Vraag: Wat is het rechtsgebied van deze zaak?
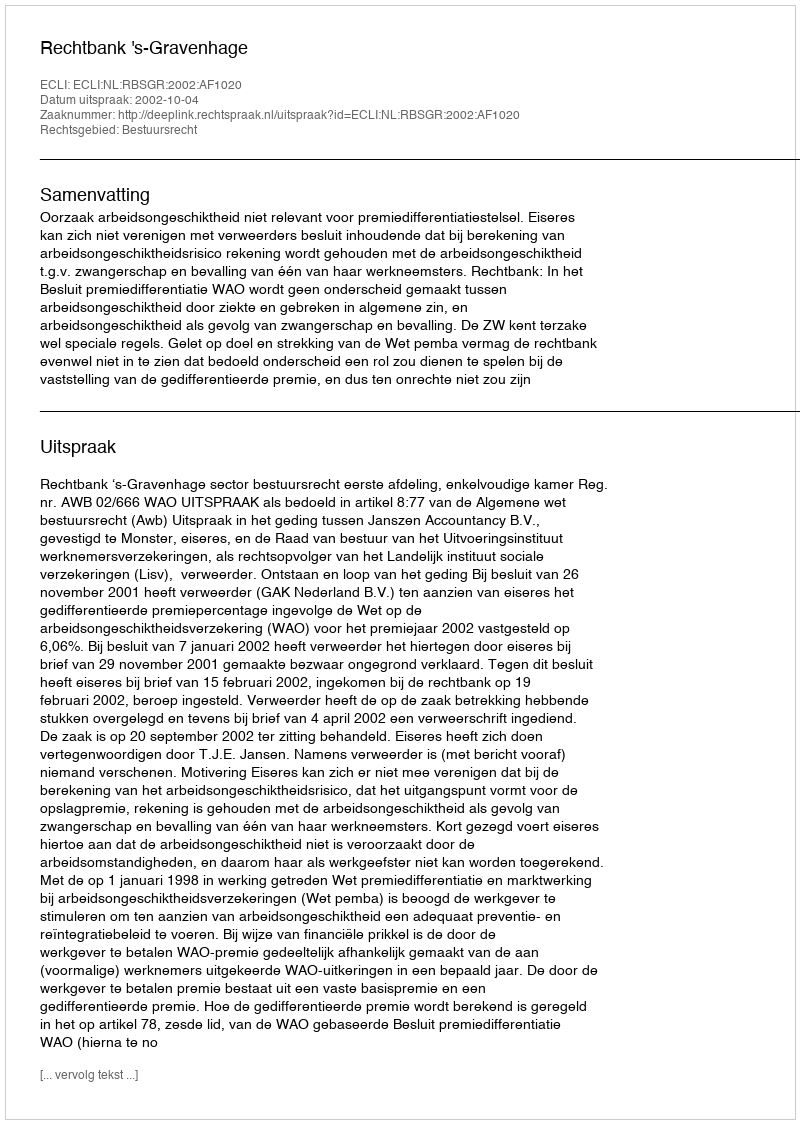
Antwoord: Bestuursrecht